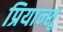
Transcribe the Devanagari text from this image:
प्रियान्शू